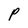
Character: P